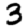
Digit: 3